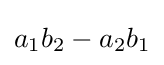
a_{1}b_{2}-a_{2}b_{1}